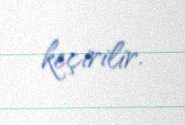
keçirilir.